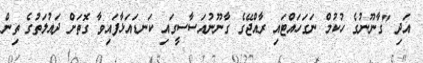
އަދި "ގާނޫނުގެ ހުކުމް ނަގަހައްޓައި ރާއްޖޭގެ ގާނޫނުއަސާސީގައި ކަނޑައަޅާފައިވާ ގޮތަށް ދައުލަތުގެ ތިން